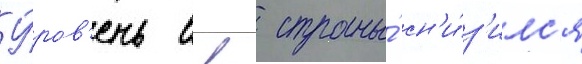
У́ров'ень ввп страны́ сн'и́з'илс'я